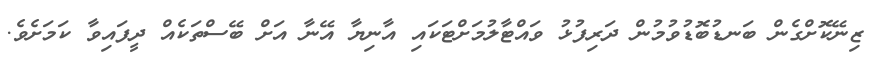
ޒިނޭކޮށްގެން ބަނޑުބޮޑުވުމުން ދަރިފުޅު ވައްޓާލުމަށްޓަކައި އާނިޔާ އޭނާ އަށް ބޭސްތަކެއް ދީފައިވާ ކަމަށެވެ.